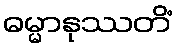
ဓမ္မာနုဿတိံ